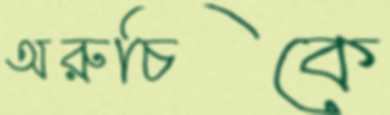
অরুচিকে